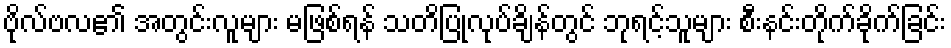
ဗိုလ်ဗလ၏ အတွင်းလူများ မဖြစ်ရန် သတိပြုလုပ်ချိန်တွင် ဘုရင့်သူများ စီးနင်းတိုက်ခိုက်ခြင်း